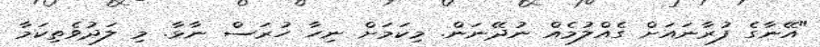
"އޭނާގެ ފުރާނައަށް ގެއްލުމެއް ނުދޭނަން. މިކަމަށް ނިހާ ހުރަސް ނާޅާ. މި ލަދުވެތިކަމާ